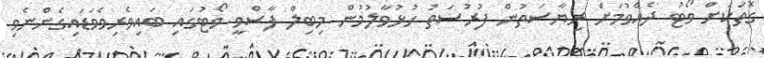
ގޮތަކަށް ވޯޓު ދެއްވުމަށް ރިޔާސަތުން ފުރުސަތު ހުޅުވާލުމުން މިބިލް ފާސްވީ ވޯޓުގައި ބައިވެރިވެވަޑައިގެންނެވި